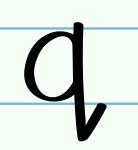
q